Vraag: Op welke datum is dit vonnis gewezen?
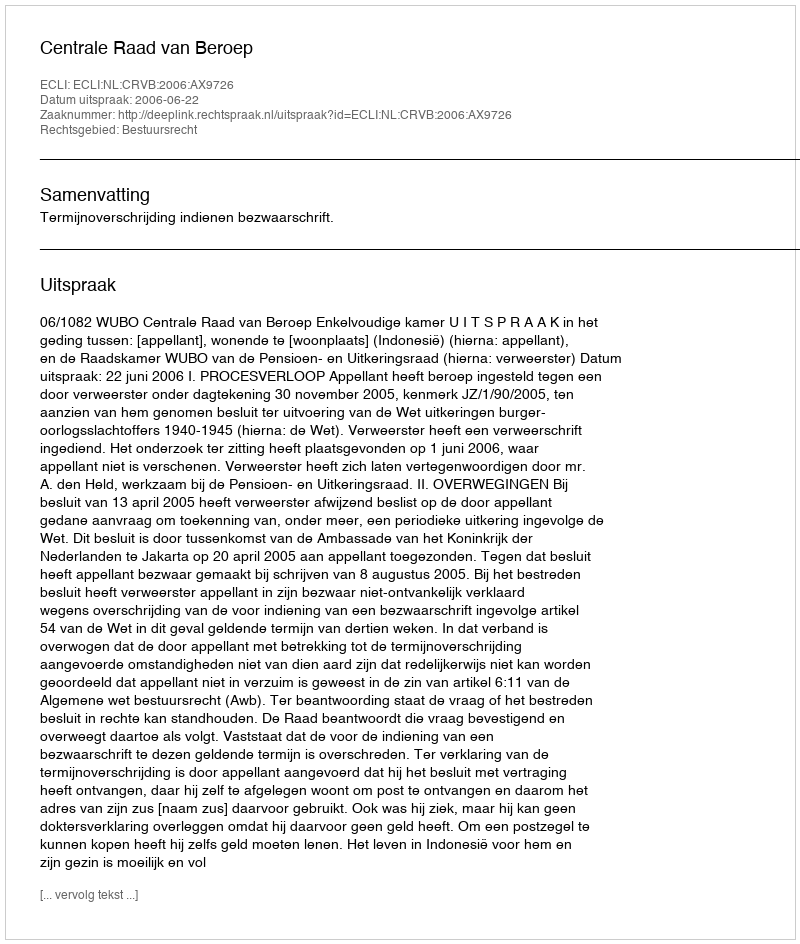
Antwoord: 2006-06-22